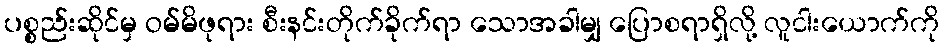
ပစ္စည်းဆိုင်မှ ဝမ်မိဖုရား စီးနင်းတိုက်ခိုက်ရာ သောအခါမျှ ပြောစရာရှိလို့ လူငါးယောက်ကို